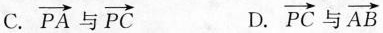
C. \overrightarrow{PA}与 \overrightarrow{PC} D. \overrightarrow{PC}与 \overrightarrow{AB}